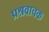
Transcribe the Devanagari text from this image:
प्रश्रवाचक